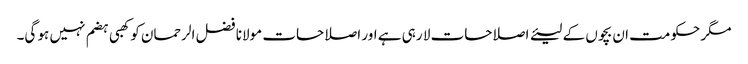
مگر حکومت ان بچوں کے لیئے اصلاحات لا رہی ہے اور اصلاحات مولانا فضل الرحمان کو کھبی ہضم نہیں ہو گی۔